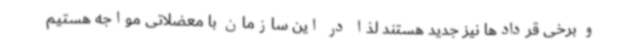
و برخی قردادها نیز جدید هستند لذا در این سازمان با معضلاتی مواجه هستیم